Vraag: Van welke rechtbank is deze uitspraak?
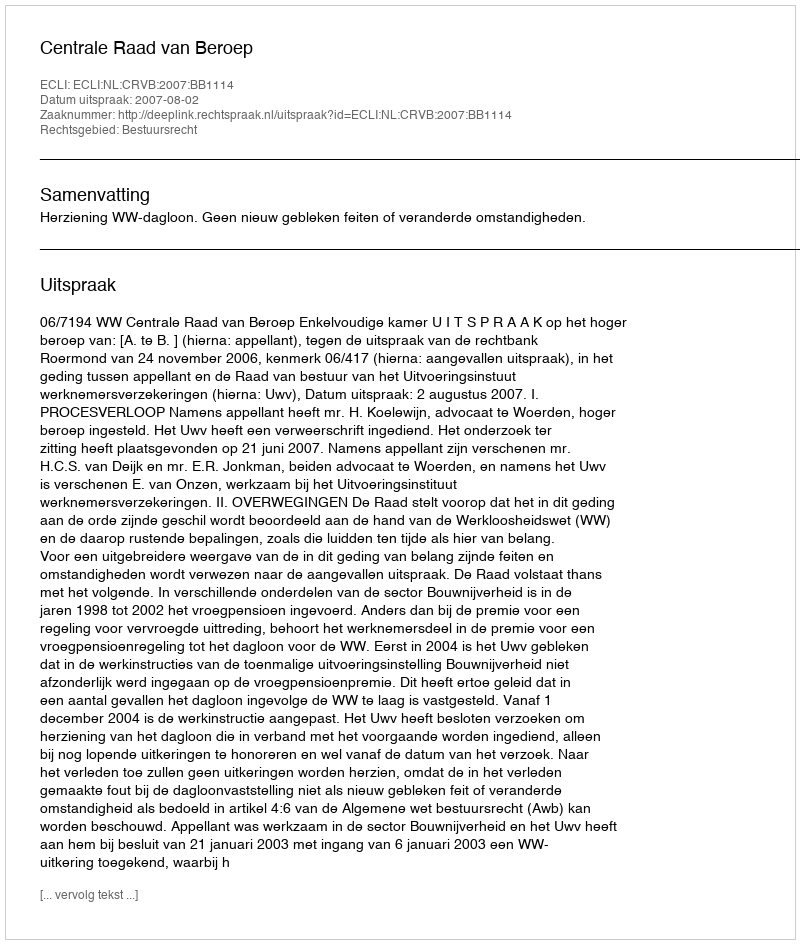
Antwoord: Centrale Raad van Beroep